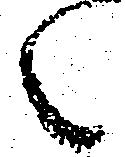
候